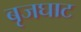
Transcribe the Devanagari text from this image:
बृजघाट